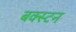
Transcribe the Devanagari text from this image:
बक्स्टन